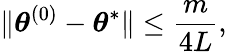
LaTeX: \lVert{\boldsymbol{\theta}}^{(0)}-{\boldsymbol{\theta}}^{*}\rVert\leq\frac{m}{4L},